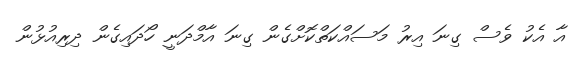
އާ އެކު ވެސް ގިނަ އިރު މަސައްކަތްކޮށްގެން ގިނަ އާމްދަނީ ހޯދައިގެން ދިރިއުޅުން